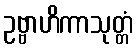
ဥဗ္ဗာဟိကာသုတ္တံ